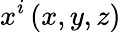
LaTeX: x^{i}\left(x,y,z\right)